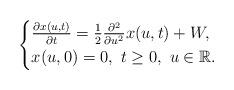
LaTeX: \begin{align*}\begin{cases}\frac{\partial x(u,t)}{\partial t}=\frac{1}{2}\frac{\partial^2}{\partial u^2}x(u,t)+W,\\x(u,0)=0,\ t\geq 0,\ u\in{\mathbb R}.\end{cases}\end{align*}